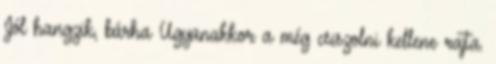
Jól hangzik, bárha Ugyanakkor a még csiszolni kellene rajta.